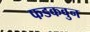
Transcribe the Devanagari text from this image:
फडकवुन